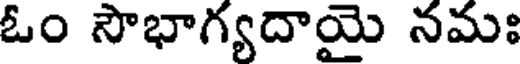
ఓం సౌభాగ్యదాయై నమః